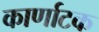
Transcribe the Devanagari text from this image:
कार्णाटक